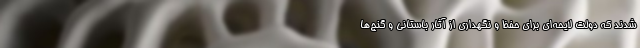
شدند که دولت لایحه‌ای برای حفظ و نگهداری از آثار باستانی و گنج‌ها